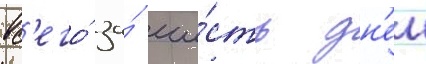
вс'его́ за́ ше́сть дн'еи